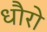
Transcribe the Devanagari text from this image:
धौरो